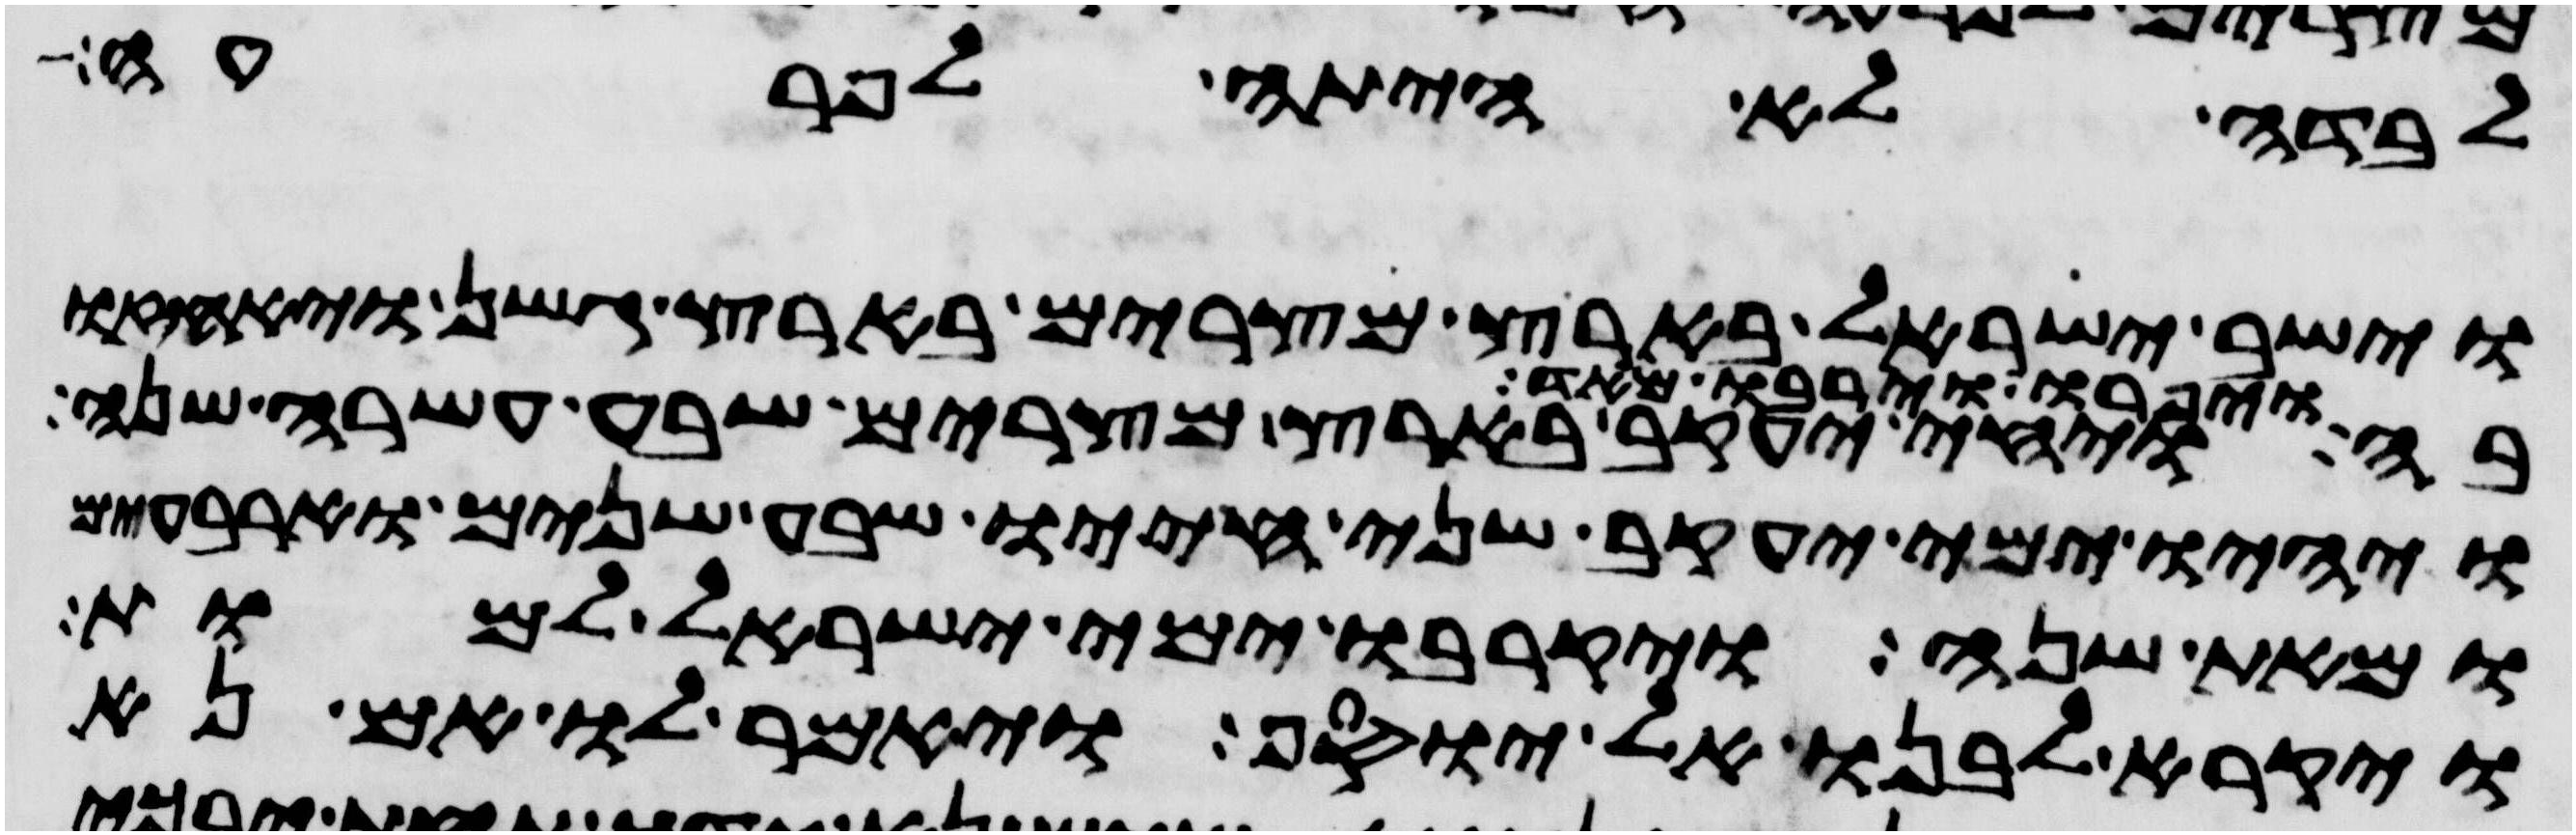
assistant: לבדה לא היתה לפרעה
וישב ישראל בארץ מצרים בארץ גשן ויאחזו
בה ויפרו וירבו מאד ויחי יעקב בארץ מצרים שבע עשרה שנה
ויהיו ימי יעקב שני חייו שבע שנים וארבעים
ומאת שנה ויקרבו ימי ישראל למות
ויקרא לבנו ליוסף ויאמר לו אם נא